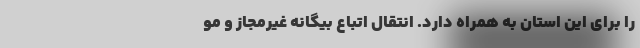
را برای این استان به همراه دارد. انتقال اتباع بیگانه غیرمجاز و مو